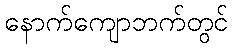
နောက်ကျောဘက်တွင်